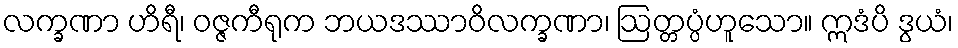
လက္ခဏာ ဟိရီ၊ ဝဇ္ဇကီရုက ဘယဒဿာဝိလက္ခဏာ၊ ဩတ္တပ္ပံဟူသော။ ဣဒံပိ ဒွယံ၊